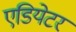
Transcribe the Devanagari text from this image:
एडियेटर